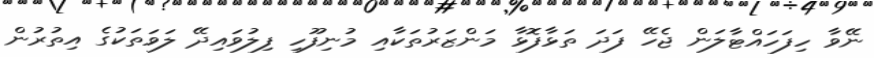
ނޭވާ ހިފަހައްޓާލަން ޖެހޭ ފަދަ ތަޅާފޮޅާ މަންޒަރުތަކާއި މުނިފޫހި ފިލުވައިދޭ ލަވަތަކުގެ އިތުރުން